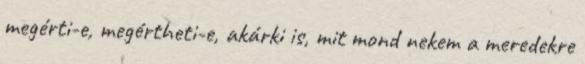
megérti-e, megértheti-e, akárki is, mit mond nekem a meredekre